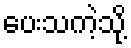
ပေးသကဲ့သို့